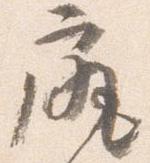
尻